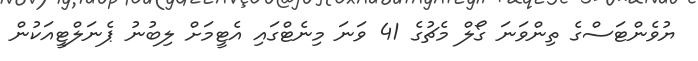
ޔުވެންޓަސްގެ ތިންވަނަ ގޯލް މެޗުގެ 41 ވަނަ މިނެޓްގައި އެޓީމަށް ލިބުނު ޕެނަލްޓީއަކުން